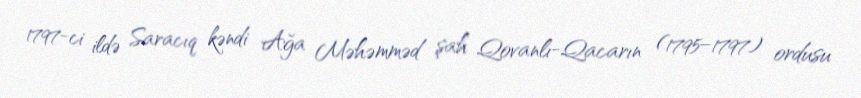
1797-ci ildə Saracıq kəndi Ağa Məhəmməd şah Qovanlı-Qacarın (1795–1797) ordusu